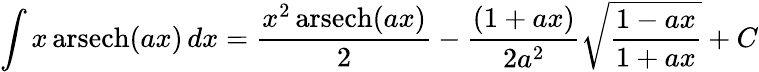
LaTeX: \int x\operatorname{arsech}(ax)\, dx={\frac{x^{2}\operatorname{arsech}(ax)}{2}}-{\frac{(1+ax)}{2a^{2}}}{\sqrt{\frac{1-ax}{1+ax}}}+C